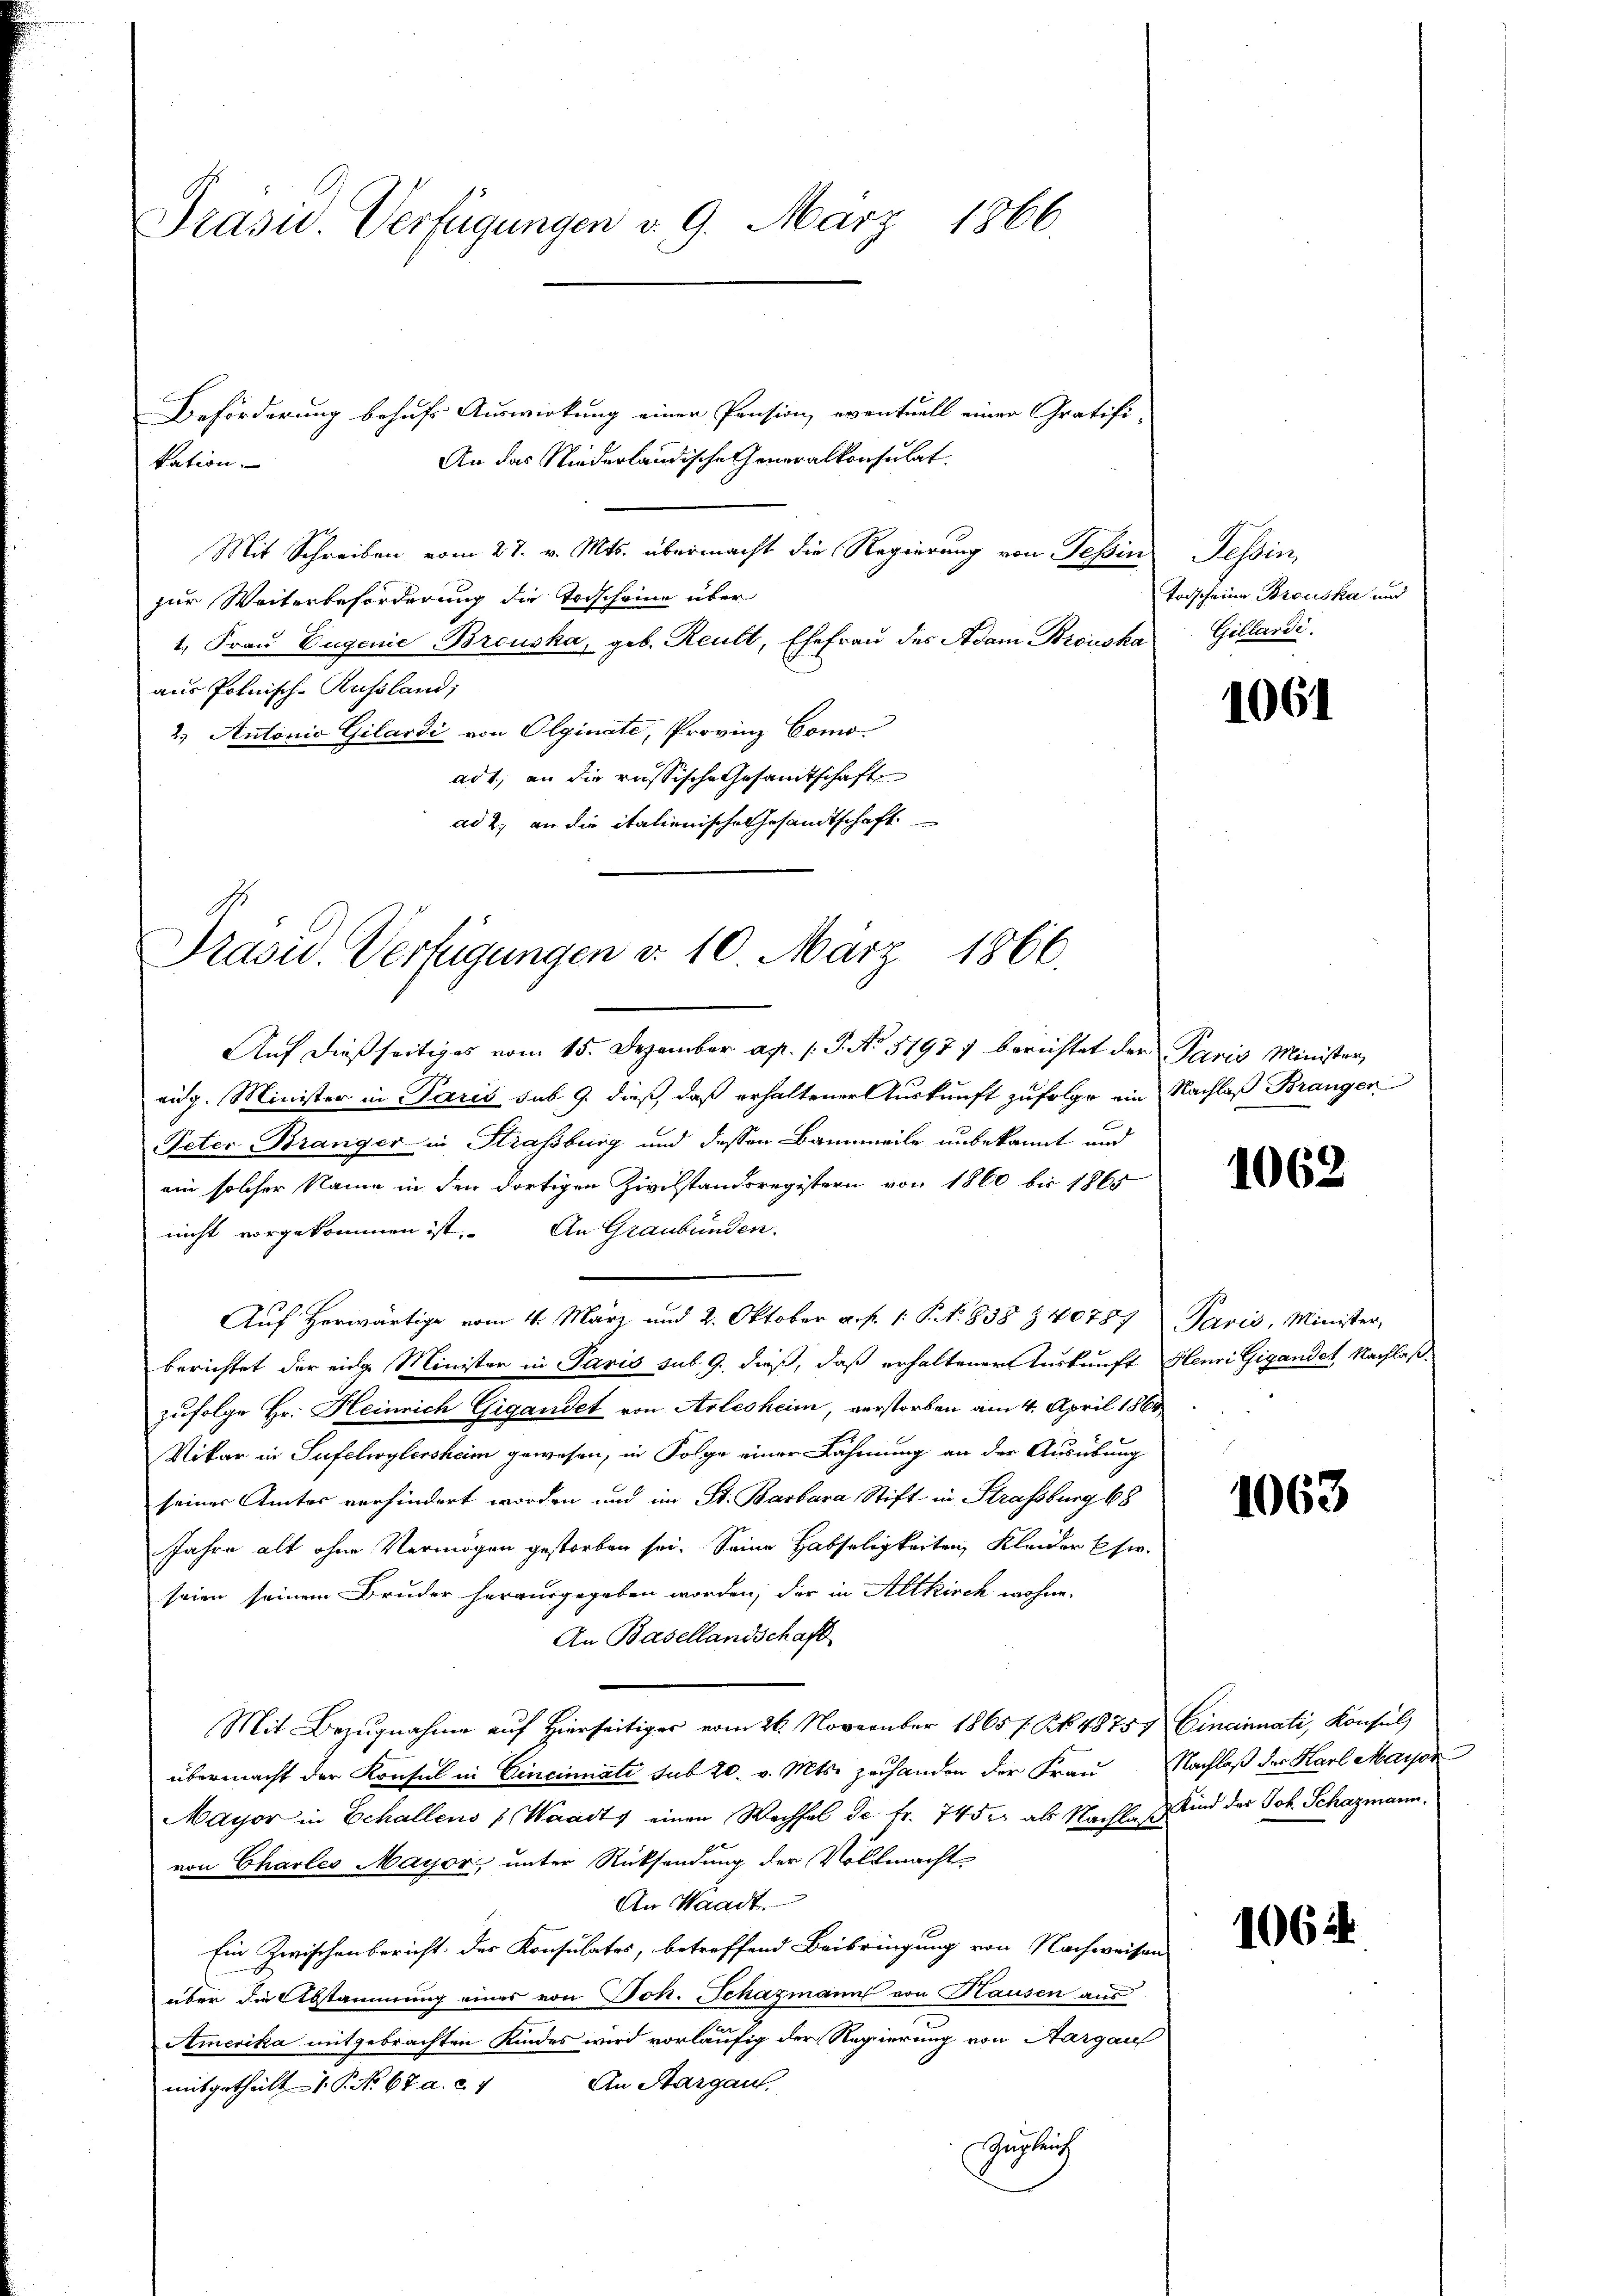
Präsid.. Verfügungen v. 9. März 1866.

Beförderung behufs Auswirkung einer Pension, eventuell einer Gratifi¬
An das Niederländische Generalkonsulat.
kation.
Mit Schreiben, vom 27. v. Mts. übermacht die Regierung von Tessin
zur Weiterbeförderung die Todscheine über
1. Frau Eugenie Brauska, geb. Reult, Ehefrau des Adam Browska Gillardi.
aus Polnisch-Russland;
2.) Antonia Gilardi von Olginate, Provinz Como
adt, an die russische Gesamtschaft
ad 2. an die italienische Gesandtschaft

Prasid. Verfügungen d. 10. März 1866.

Auf dießseitiges vom 15. Dezember ap. 1. P. No 5197) berichtet der Paris Minister,
eig. Minister in Paris sub 9. dieß, daß erhaltener Auskunft zufolge ein Nachlaß Branger
Peter-Branger in Strassburg und dessen Bannweile unbekannt und
ein solcher Name in den dortigen Zivilstandsregistern von 1860 bis 1865
nicht vorgekommen ist. An Graubünden.
Auf herwärtige vom 4. März und 2. Oktober a. p. 1. P. N. 838 § 40787 Paris, Minister,
berichtet der eidge Minister in Paris sub 9. dieß, daß erhaltener Auskunft Henri Gigandet, Nachlaß
zufolge Hr. Heinrich Gigandet von Arlesheim, verstorben am 4. April 1864
Mitar in Sufelwylersheim gewesen, in Folge einer Lähmung an der Ausübung
seiner Amtes verhindert worden und im St. Barbara Stift in Strassburg 68
Jahre alt ohne Vermögen gestorben sei. Seine Habseligkeiten, Kleider Eser.
seien seinem Bruder herausgegeben worden, der in Altkirch wohne.
An Basellandschaft
Mit Bezŭgnahme aŭf hierseitiger vom 26. November 1865 s. Z. 48757 Cincinnati, Konsul
übermacht der Konsul in Cincinnati sub 20. v. Mts. zu handen der Frau Nachlaß der Harl Mayor
Mayor in Echallens (Waadt, einen Wechsel de fr. 74 der als Nachlaß sind des Joh. Schazmann.
von Charles Mayor, unter Rücksendung der Vollmacht
An Waadt.
Ein Zwischenbericht der Konsulates, betreffend Beibringung von Nachweisen
über die Abstammung eines von Joh. Schazmann von Hausen aus
Amerika mitgebrachten Kindes wird vorläufig der Regierung von Aargau
An Aargau.
mitgetheilt P. No 67 a. c. f
Zugleich

Rhein
Todscheine Browska und

1061

1062

1063

1062